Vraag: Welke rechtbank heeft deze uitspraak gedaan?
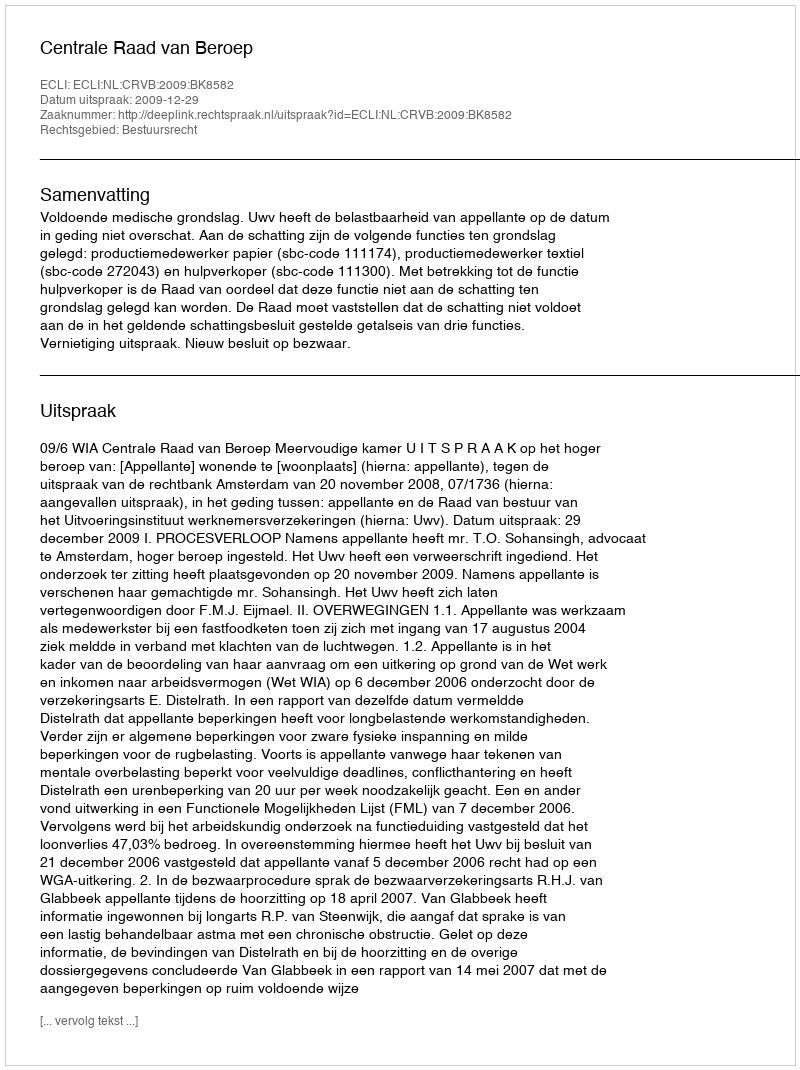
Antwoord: Centrale Raad van Beroep